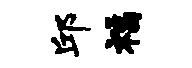
邱福